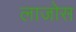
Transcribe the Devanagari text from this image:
लाजोस